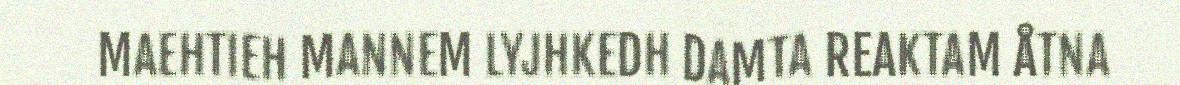
MAEHTIEH MANNEM LYJHKEDH DAMTA REAKTAM ÅTNA